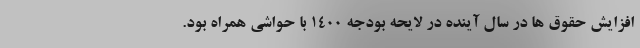
افزایش حقوق ها در سال آینده در لایحه بودجه ۱۴۰۰ با حواشی همراه بود.